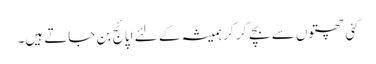
کئی چھتوں سے بچے گر کر ہمیشہ کے لئے اپائج بن جاتے ہیں۔